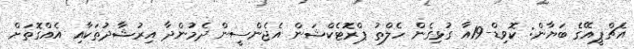
އެޗްޕީއޭގެ ބަޔާން: ކޮވިޑް-19އާ ގުޅިގެން ހެލްތު ޕްރޮޓެކްޝަން އެޖެންސީން ދެމުންދާ އިރުޝާދުތަކާއި އެއްގޮތަށް